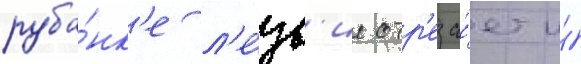
руба́нк'е л'е́зв'ие отр'еза́ет и́